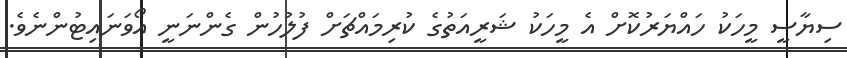
ސިޔާސީ މީހަކު ހައްޔަރުކޮށް އެ މީހަކު ޝަރީއަތުގެ ކުރިމައްޗަށް ފުލުހުން ގެންނަނީ އޯވަނައިޓުންނެވެ.